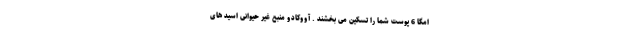
امگا 6 پوست شما را تسکین می بخشند . آووکادو منبع غیر حیوانی اسید های